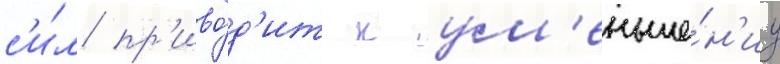
с'и́л пр'иво́д'ит к ум'еньше́н'иу